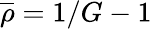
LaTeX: \overline{{\rho}}=1/G-1